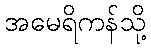
အမေရိကန်သို့